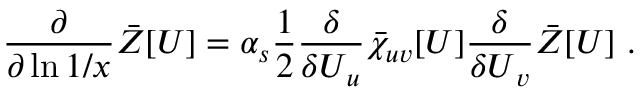
\frac { \partial } { \partial \ln 1 / x } \Bar Z [ \boldsymbol { U } ] = \alpha _ { s } \frac { 1 } { 2 } \frac { \delta } { \delta \boldsymbol { U } _ { u } } \Bar \chi _ { u v } [ \boldsymbol { U } ] \frac { \delta } { \delta \boldsymbol { U } _ { v } } \Bar Z [ \boldsymbol { U } ] \ .